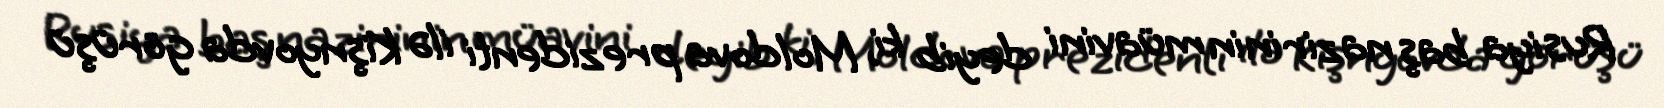
Rusiya baş nazirinin müavini deyib ki, Moldova prezidenti ilə Kişnyovda görüşü